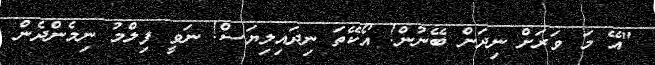
"އޭ މަ ވަރަށް ނިދަން ބޭނުން! އޯކޭތަ ނިދައިލިޔަސް! ނަވީ ފިލްމު ނިމެންދެން